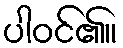
ပါဝင်၏။